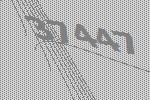
37447